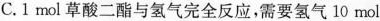
C.1mol草酸二酯与氢气完全反应，需要氢气10mol